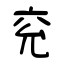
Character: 兖